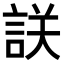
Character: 𧧤